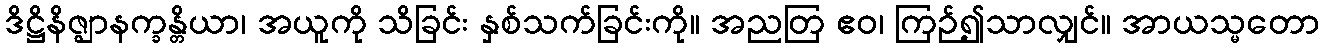
ဒိဋ္ဌိနိဇ္ဈာနက္ခန္တိယာ၊ အယူကို သိခြင်း နှစ်သက်ခြင်းကို။ အညတြ ဧဝ၊ ကြဉ်၍သာလျှင်။ အာယသ္မတော